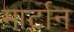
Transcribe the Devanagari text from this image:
मार्टान